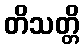
တိသတ္တိ